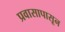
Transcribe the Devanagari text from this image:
प्रवासापासून